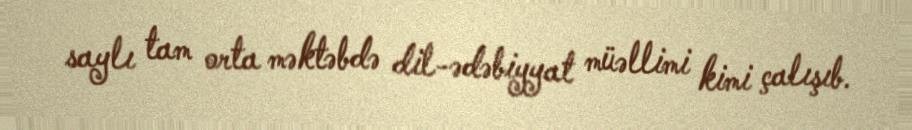
saylı tam orta məktəbdə dil-ədəbiyyat müəllimi kimi çalışıb.